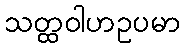
သတ္ထဝါဟဥပမာ